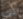
آتى